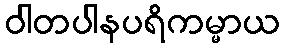
ဝါတပါနပရိကမ္မာယ